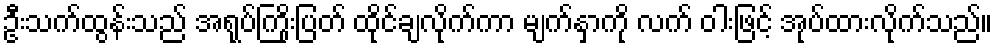
ဦးသက်ထွန်းသည် အရုပ်ကြိုးပြတ် ထိုင်ချလိုက်ကာ မျက်နှာကို လက် ဝါးဖြင့် အုပ်ထားလိုက်သည်။